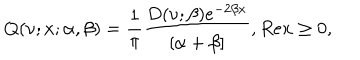
Q ( \nu ; x ; \alpha , \beta ) = \frac { 1 } { \pi } \frac { D ( \nu ; \beta ) e ^ { - 2 \beta x } } { [ \alpha + \beta ] } , R e x \geq 0 ,